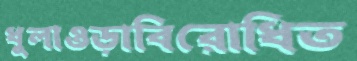
ধুলাওড়াবিরোধিত